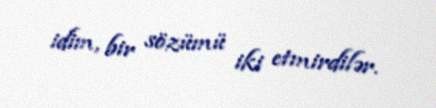
idim, bir sözümü iki etmirdilər.